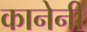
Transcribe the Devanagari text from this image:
कानेनी